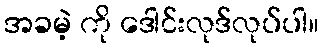
အခမဲ့ ကို ဒေါင်းလုဒ်လုပ်ပါ။